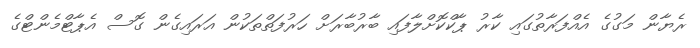
ރެޔާން މަގުގެ އެއްފަރާތުގައި ކާރު ޕާކްކޮށްލާފައި ބާރުބާރަށް ހަރުފަތްތަކުން އަރައިގެން ގޮސް އެޕާޓްމެންޓްގެ